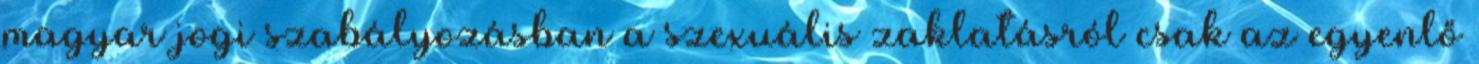
magyar jogi szabályozásban a szexuális zaklatásról csak az egyenlő